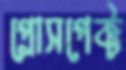
প্রোসপেক্ট